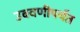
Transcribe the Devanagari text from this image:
उबवणीपर्यंत